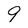
Character: 9